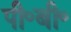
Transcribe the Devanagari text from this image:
पी॰बी॰